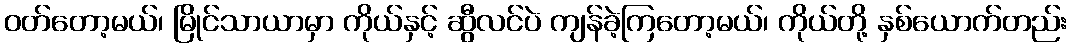
ဝတ်တော့မယ်၊ မြိုင်သာယာမှာ ကိုယ်နှင့် ဆွီလင်ပဲ ကျန်ခဲ့ကြတော့မယ်၊ ကိုယ်တို့ နှစ်ယောက်တည်း